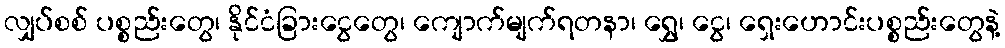
လျှပ်စစ် ပစ္စည်းတွေ၊ နိုင်ငံခြားငွေတွေ၊ ကျောက်မျက်ရတနာ၊ ရွှေ၊ ငွေ၊ ရှေးဟောင်းပစ္စည်းတွေနဲ့